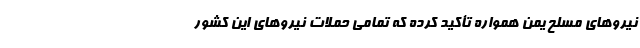
نیروهای مسلح یمن همواره تأکید کرده که تمامی حملات نیروهای این کشور